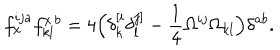
f _ { x } ^ { i j a } f _ { k l } ^ { x \, b } = 4 \Big ( \delta _ { k } ^ { [ i } \delta _ { l } ^ { j ] } - \frac { 1 } { 4 } \Omega ^ { i j } \Omega _ { k l } \Big ) \delta ^ { a b } .